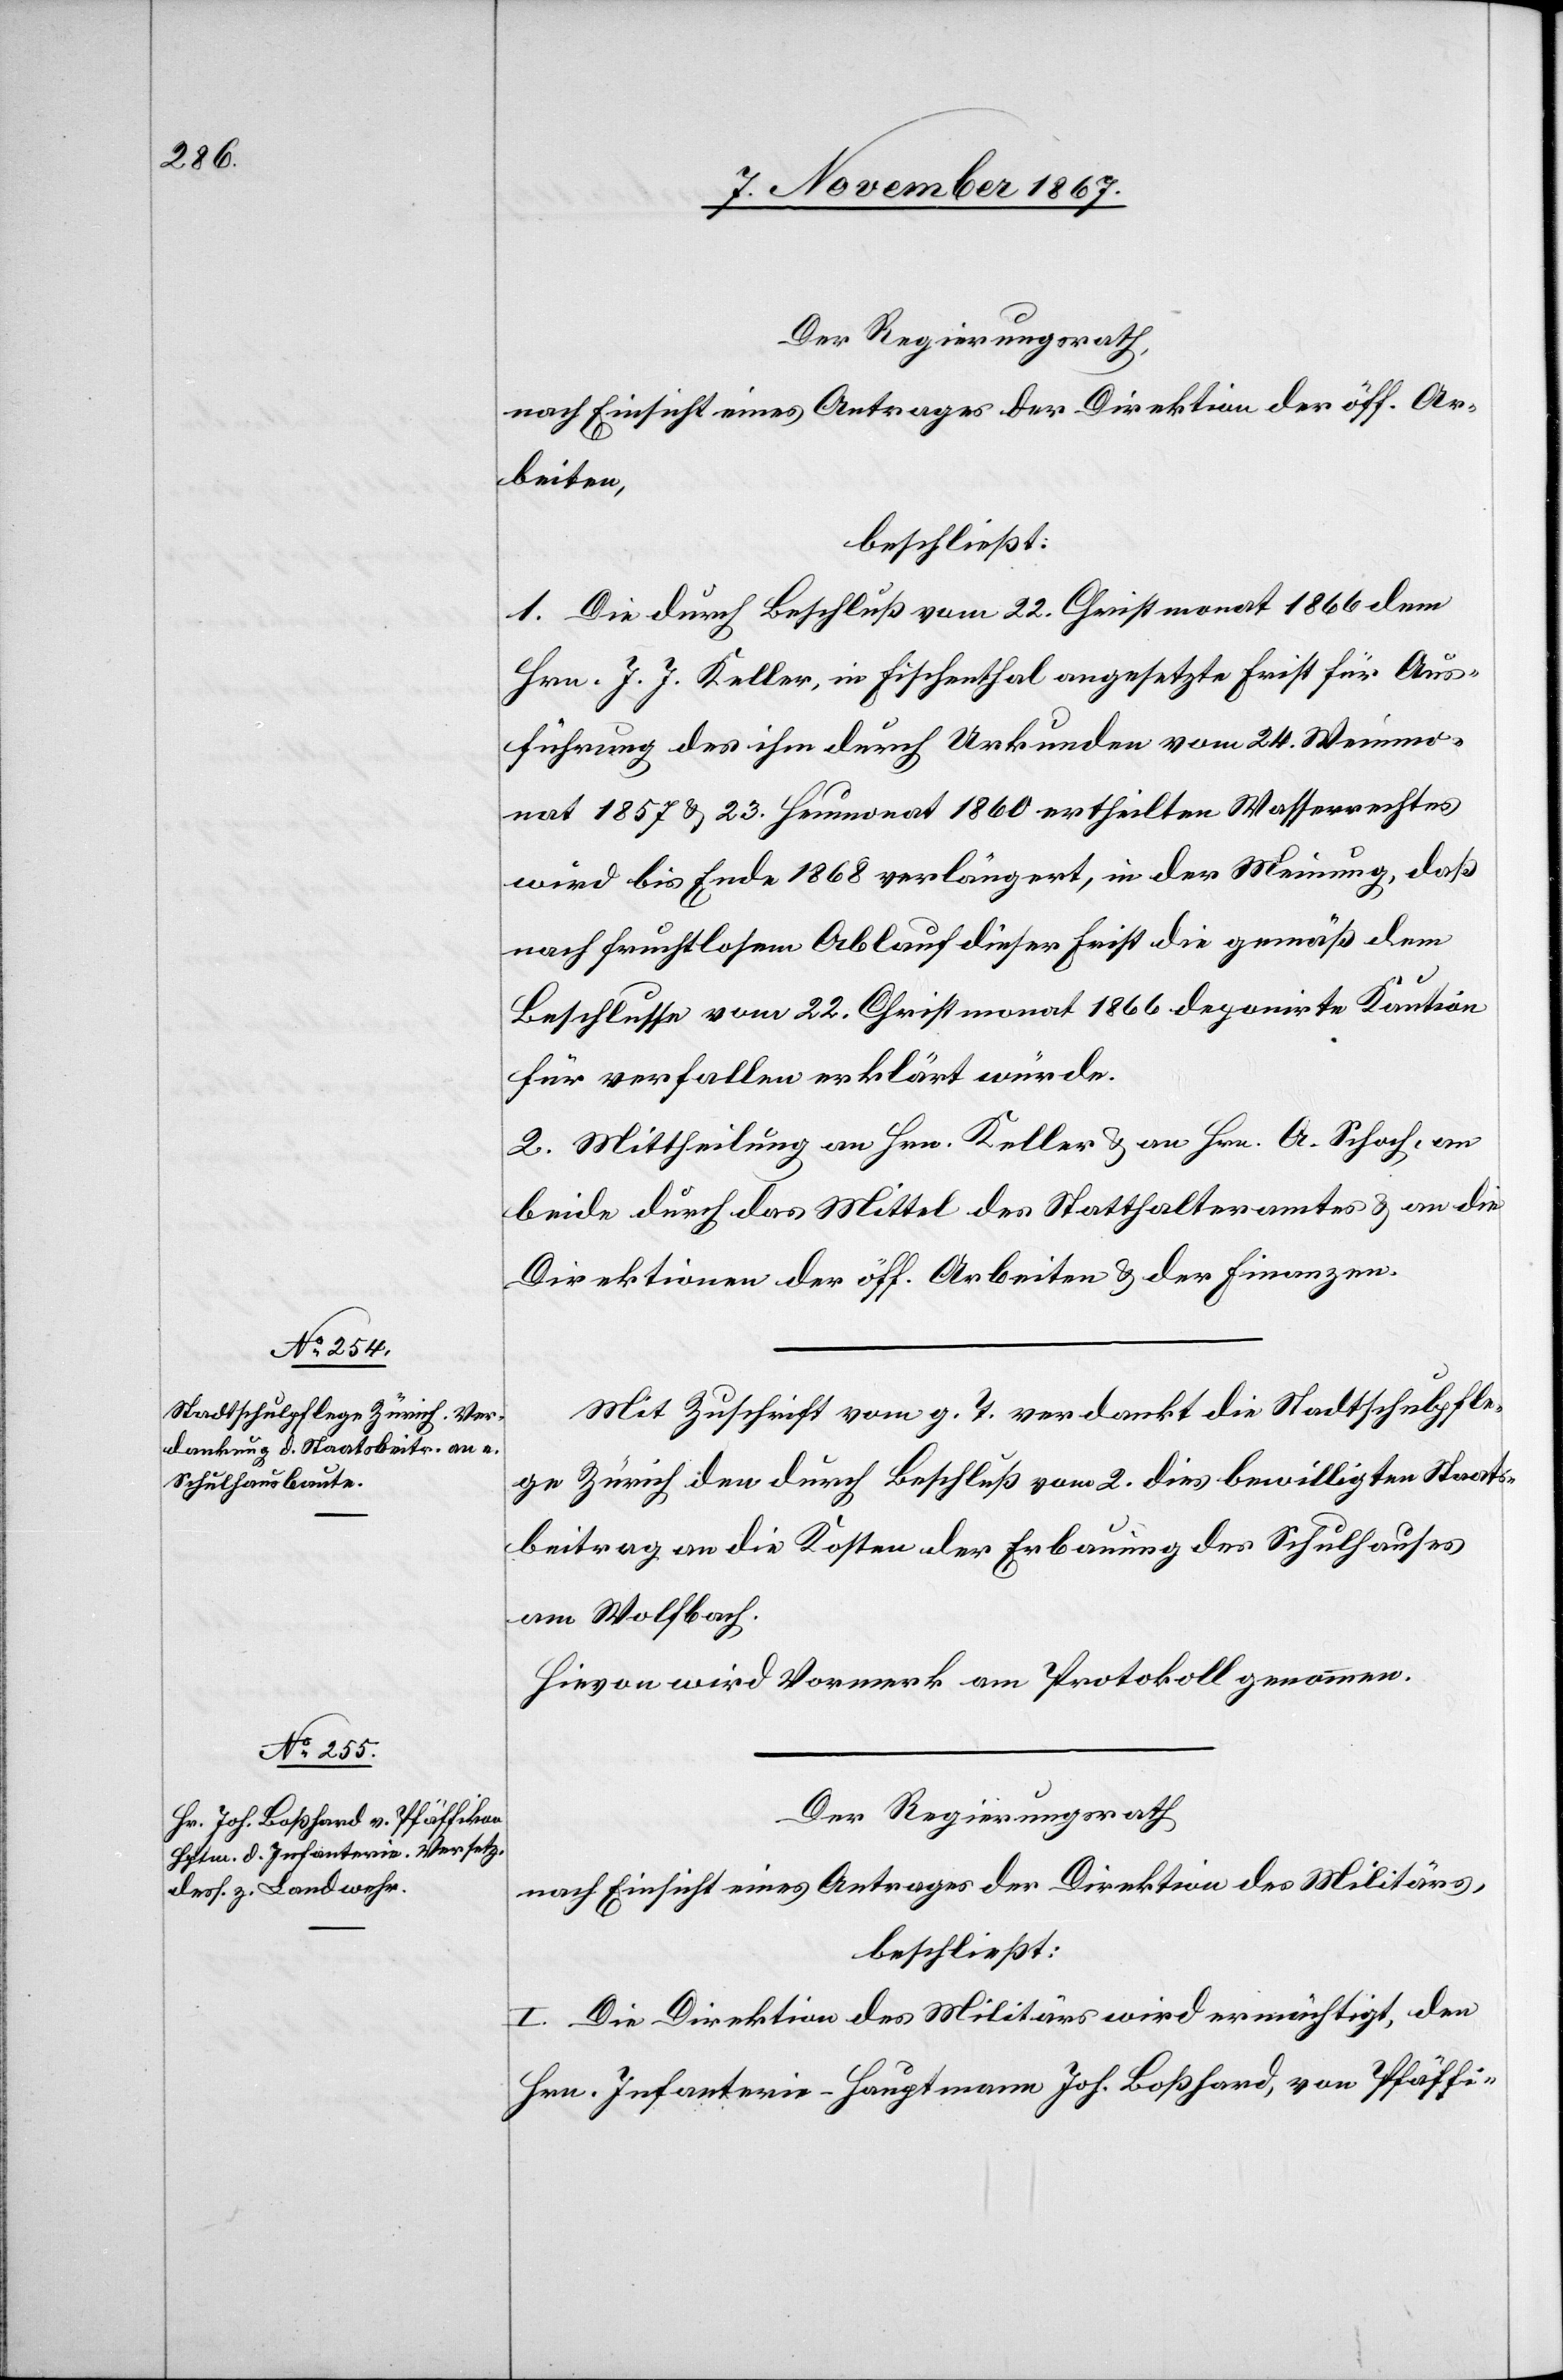
Der Regierungsrath,
nach Einsicht eines Antrages der Direktion der öff. Ar¬
beiten,
beschließt:
1. Die durch Beschluß vom 22. Christmonat 1866 dem
Hrn. J. J. Keller, in Fischenthal angesetzte Frist für Aus¬
führung des ihm durch Urkunden vom 24. Weinmo¬
nat 1867 u. 23. Heumonat 1860 ertheilten Wasserrechtes
wird bis Ende 1868 verlängert, in der Meinung, daß
nach fruchtlosem Ablauf dieser Frist die gemäß dem
Beschlusse vom 22. Christmonat 1866 deponirte Kaution
für verfallen erklärt würde.
2. Mittheilung an Hrn. Keller u. an Hrn. A Schoch, an
beide durch das Mittel des Statthalteramtes u. an die
Direktionen der öff. Arbeiten u. der Finanzen.
Mit Zuschrift vom g. T. verdankt die Stadtschulpfle¬
ge Zürich den durch Beschluß vom 2. dies bewilligten Staats¬
beitrag an die Kosten der Erbauung des Schulhauses
am Wolfbach.
Hievon wird Vormerk am Protokoll genommen.
Der Regierungsrath,
nach Einsicht eines Antrages der Direktion des Militärs,
beschließt:
I. Die Direktion des Militärs wird ermächtigt, den
Hrn. Infanterie-Hauptmann Joh. Boßhard, von Pfäffi-